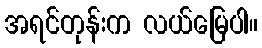
အရင်တုန်းက လယ်မြေပါ။